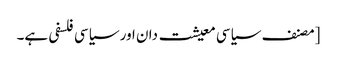
[مصنف سیاسی معیشت دان اور سیاسی فلسفی ہے۔